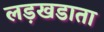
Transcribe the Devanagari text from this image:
लड़खडाता